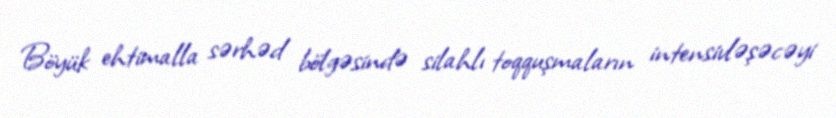
Böyük ehtimalla sərhəd bölgəsində silahlı toqquşmaların intensivləşəcəyi